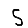
Digit: 5